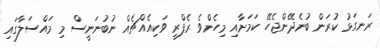
ރަނގަޅު ކުރަން ބުނެދޭންޖެހޭ ކަމަށާއި މިހެންވެ ރެފްރީ ވަކިއެއްޗެއް ނުބުނަނީސް މި މައްސަލާގައި